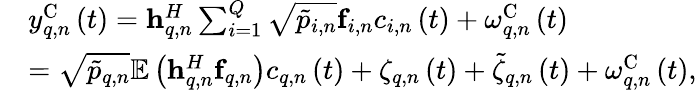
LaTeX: \begin{array}{rl}&{{y_{q,n}^{\mathrm{C}}}\left(t\right)={\mathbf{h}}_{q,n}^{H}\sum_{i=1}^{Q}{\sqrt{{{\tilde{p}}_{i,n}}}{{\mathbf{f}}_{i,n}}{c_{i,n}}\left(t\right)}+{\omega_{q,n}^{\mathrm{C}}}\left(t\right)}\\ &{=\sqrt{{{\tilde{p}}_{q,n}}}{{\mathbb E}}\left({{\mathbf{h}}_{q,n}^{H}{{\mathbf{f}}_{q,n}}}\right){c_{q,n}}\left(t\right)+{\zeta_{q,n}}\left(t\right)+{{\tilde{\zeta}}_{q,n}}\left(t\right)+{\omega_{q,n}^{\mathrm{C}}}\left(t\right),}\end{array}